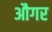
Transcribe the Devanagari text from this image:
औगर